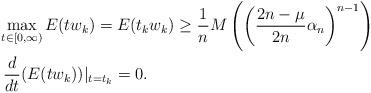
LaTeX: \begin{align*}&\max_{t\in[0,\infty)} E(tw_k) = E(t_kw_k) \geq \frac{1}{n} M\left(\left( \frac{2n-\mu}{2n}\alpha_n\right)^{n-1}\right)\\& \; \frac{d}{dt}(E(tw_k))|_{t=t_k}=0.\end{align*}